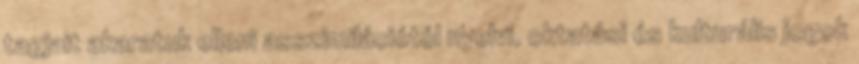
tagjait akaratuk elleni asszimilációtól nyelvi, oktatási és kulturális jogok